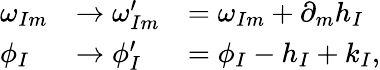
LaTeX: \begin{array}{lll}{{\omega_{Im}}}&{{\rightarrow\omega_{Im}^{\prime}}}&{{=\omega_{Im}+\partial_{m}h_{I}}}\\ {{\phi_{I}}}&{{\rightarrow\phi_{I}^{\prime}}}&{{=\phi_{I}-h_{I}+k_{I},}}\end{array}